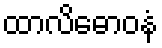
ထာလိဓောဝနံ